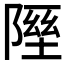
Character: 𨻋